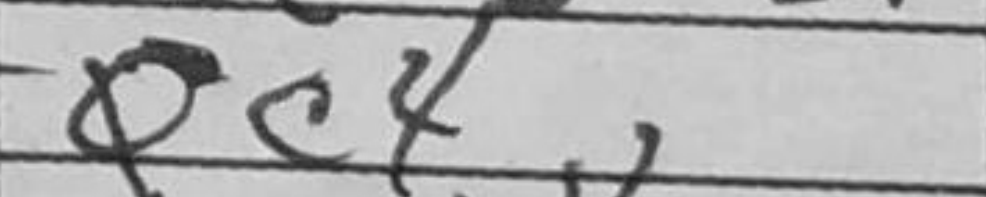
Transcription: Qc4